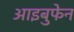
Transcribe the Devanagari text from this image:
आइबुफेन